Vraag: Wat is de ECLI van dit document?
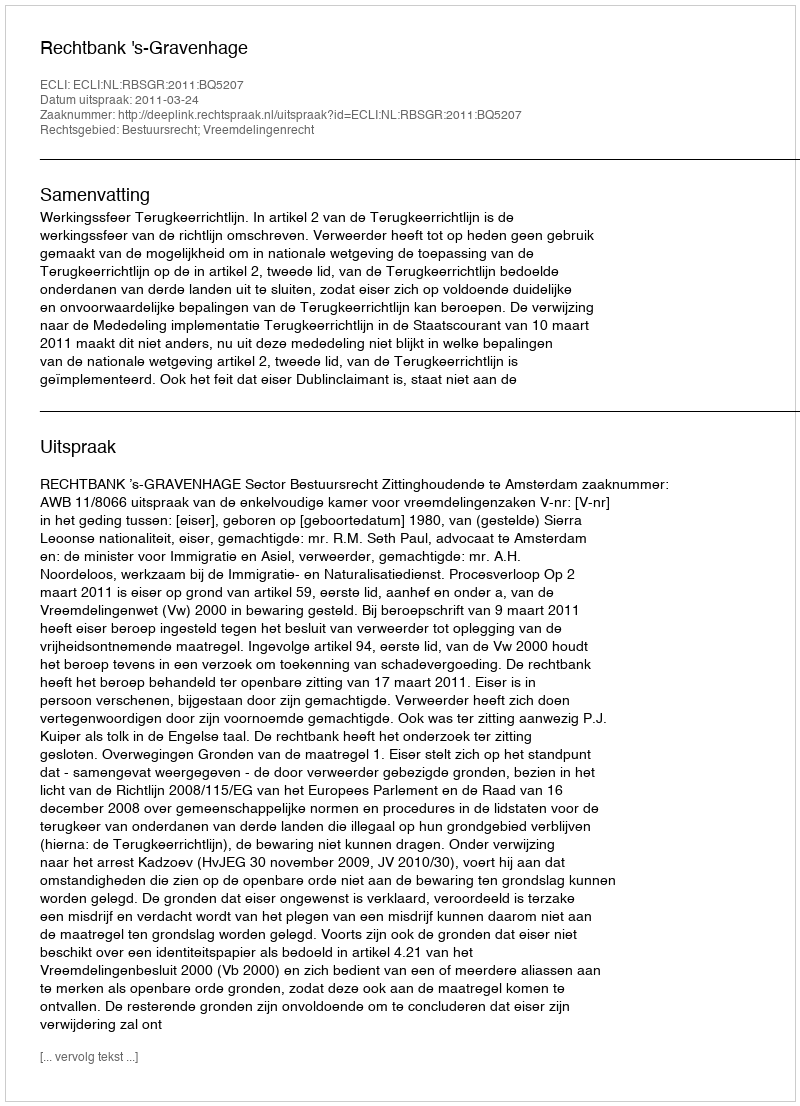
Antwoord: ECLI:NL:RBSGR:2011:BQ5207